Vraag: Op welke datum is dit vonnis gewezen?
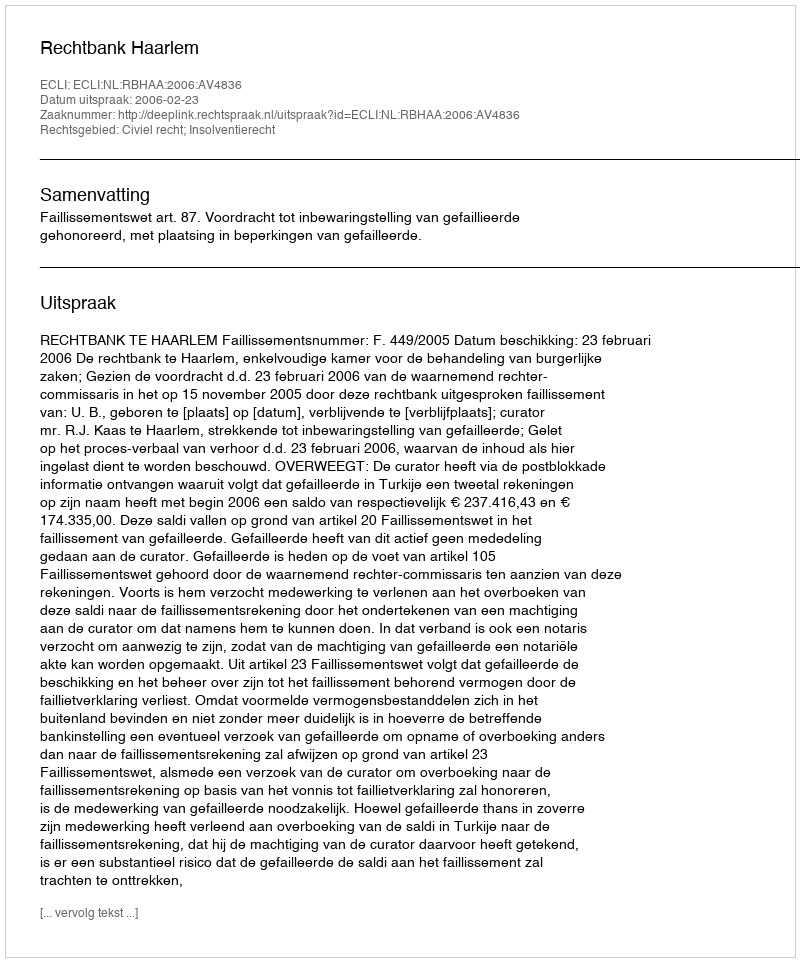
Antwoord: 2006-02-23